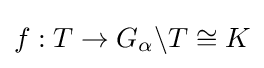
f:T\rightarrow G_{\alpha }\backslash T\cong K